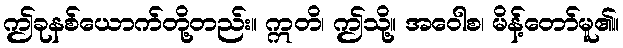
ဤခုနစ်ယောက်တို့တည်း။ ဣတိ၊ ဤသို့။ အဝေါစ၊ မိန့်တော်မူ၏။